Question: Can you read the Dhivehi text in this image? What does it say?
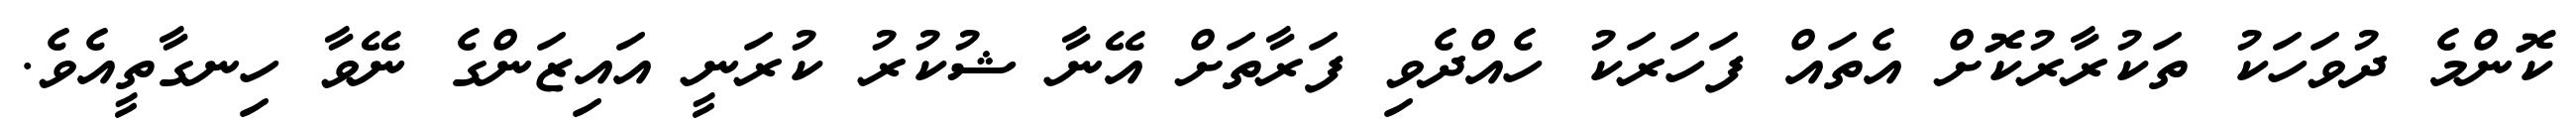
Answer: ކޮންމެ ދުވަހަކު ތަކުރާރުކޮށް އެތައް ފަހަރަކު ހެއްދެވި ފަރާތަށް އޭނާ ޝުކުރު ކުރަނީ އައިޒަންގެ ނޭވާ ހިނގާތީއެވެ.